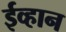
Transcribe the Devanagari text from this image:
ईव्हान